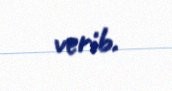
verib.